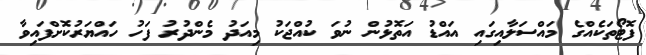
ފޮޓޯތަކެއްގެ މައްސަލާއިގައި އައްޑު އަތޮޅުން ނުވަ ކުއްޖަކު މިއަދު މެންދުރު ފަހު ހައްޔަރުކޮށްފައިވާ